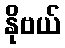
နိုဗယ်